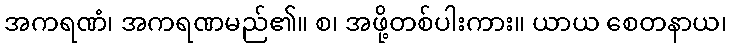
အကရဏံ၊ အကရဏမည်၏။ စ၊ အဖို့တစ်ပါးကား။ ယာယ စေတနာယ၊